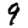
Digit: 9